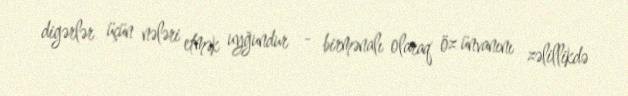
digərlər üçün nələri etmək uyğundur - birmənalı olaraq öz ünvanını zəlillikdə